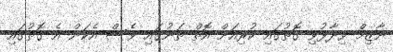
ނާޒިމް ވިދާޅުވި ގޮތުގައި ކުރިއަށް އޮތް ތަނުގައި ވެސް އެކަން އެ ގޮތުގައި